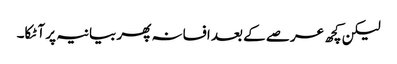
لیکن کچھ عرصے کے بعد افسانہ پھر بیانیہ پر آ ٹکا۔